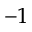
^ { - 1 }